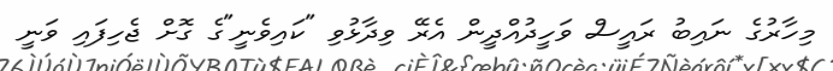
މިހާރުގެ ނައިބު ރައީސް ވަހީދުއްދީން އެރޭ ވިދާޅުވި "ކައިވެނީ"ގެ ގޮށް ޖެހިފައި ވަނީ